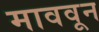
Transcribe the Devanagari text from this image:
माववून